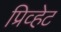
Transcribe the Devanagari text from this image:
प्रिव्हेट